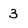
Character: 3